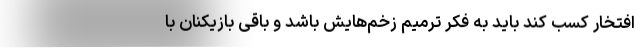
افتخار کسب کند باید به فکر ترمیم زخم‌هایش باشد و باقی بازیکنان با